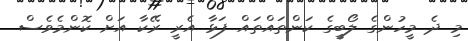
މި ދެ މީހުންގެ ލޯބީގެ ކަންތައްތައް ފަޅާ އެރީ ރޭކާ އަށް ކޮންމެވެސް